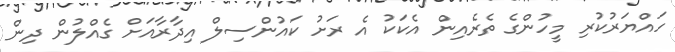
ހައްޔަރުކުރި މީހުންގެ ތެރެއިން އެކަކު އެ ރަށު ކައުންސިލް އިދާރާއަށް ގެއްލުން ދިން